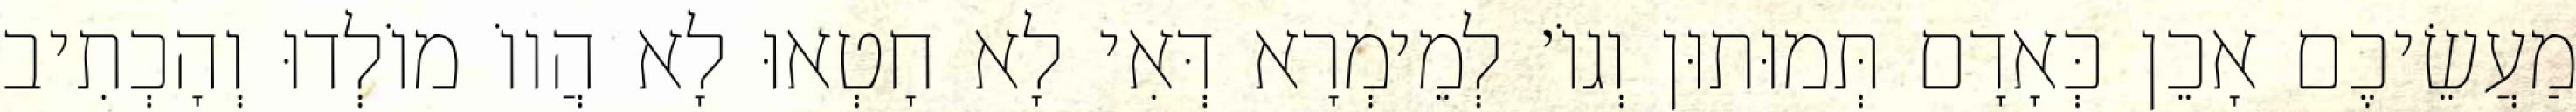
מַעֲשֵׂיכֶם אָכֵן כְּאָדָם תְּמוּתוּן וְגוֹ׳ לְמֵימְרָא דְּאִי לָא חָטְאוּ לָא הֲווֹ מוֹלְדוּ וְהָכְתִיב